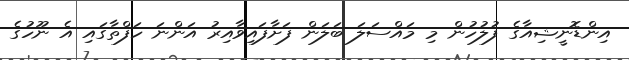
އިންޑޮނީޝިއާގެ ފުލުހުން މި މައްސަލަ ބަލަން ފަށާފައިވާއިރު އަންނަ ހަފްތާގައި އެ ނޫހުގެ